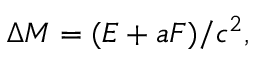
\Delta M = ( E + a F ) / c ^ { 2 } ,